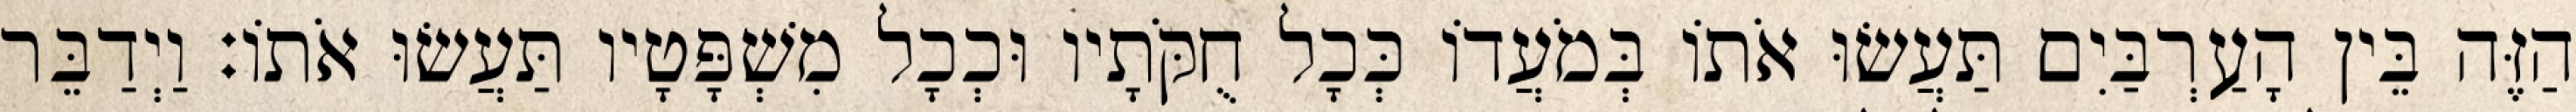
הַזֶּה בֵּין הָעַרְבַּיִם תַּעֲשׂוּ אֹתוֹ בְּמֹעֲדוֹ כְּכָל חֻקֹּתָיו וּכְכָל מִשְׁפָּטָיו תַּעֲשׂוּ אֹתוֹ׃ וַיְדַבֵּר